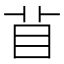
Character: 𥄕